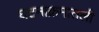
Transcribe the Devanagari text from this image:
घटनाक्रमातली